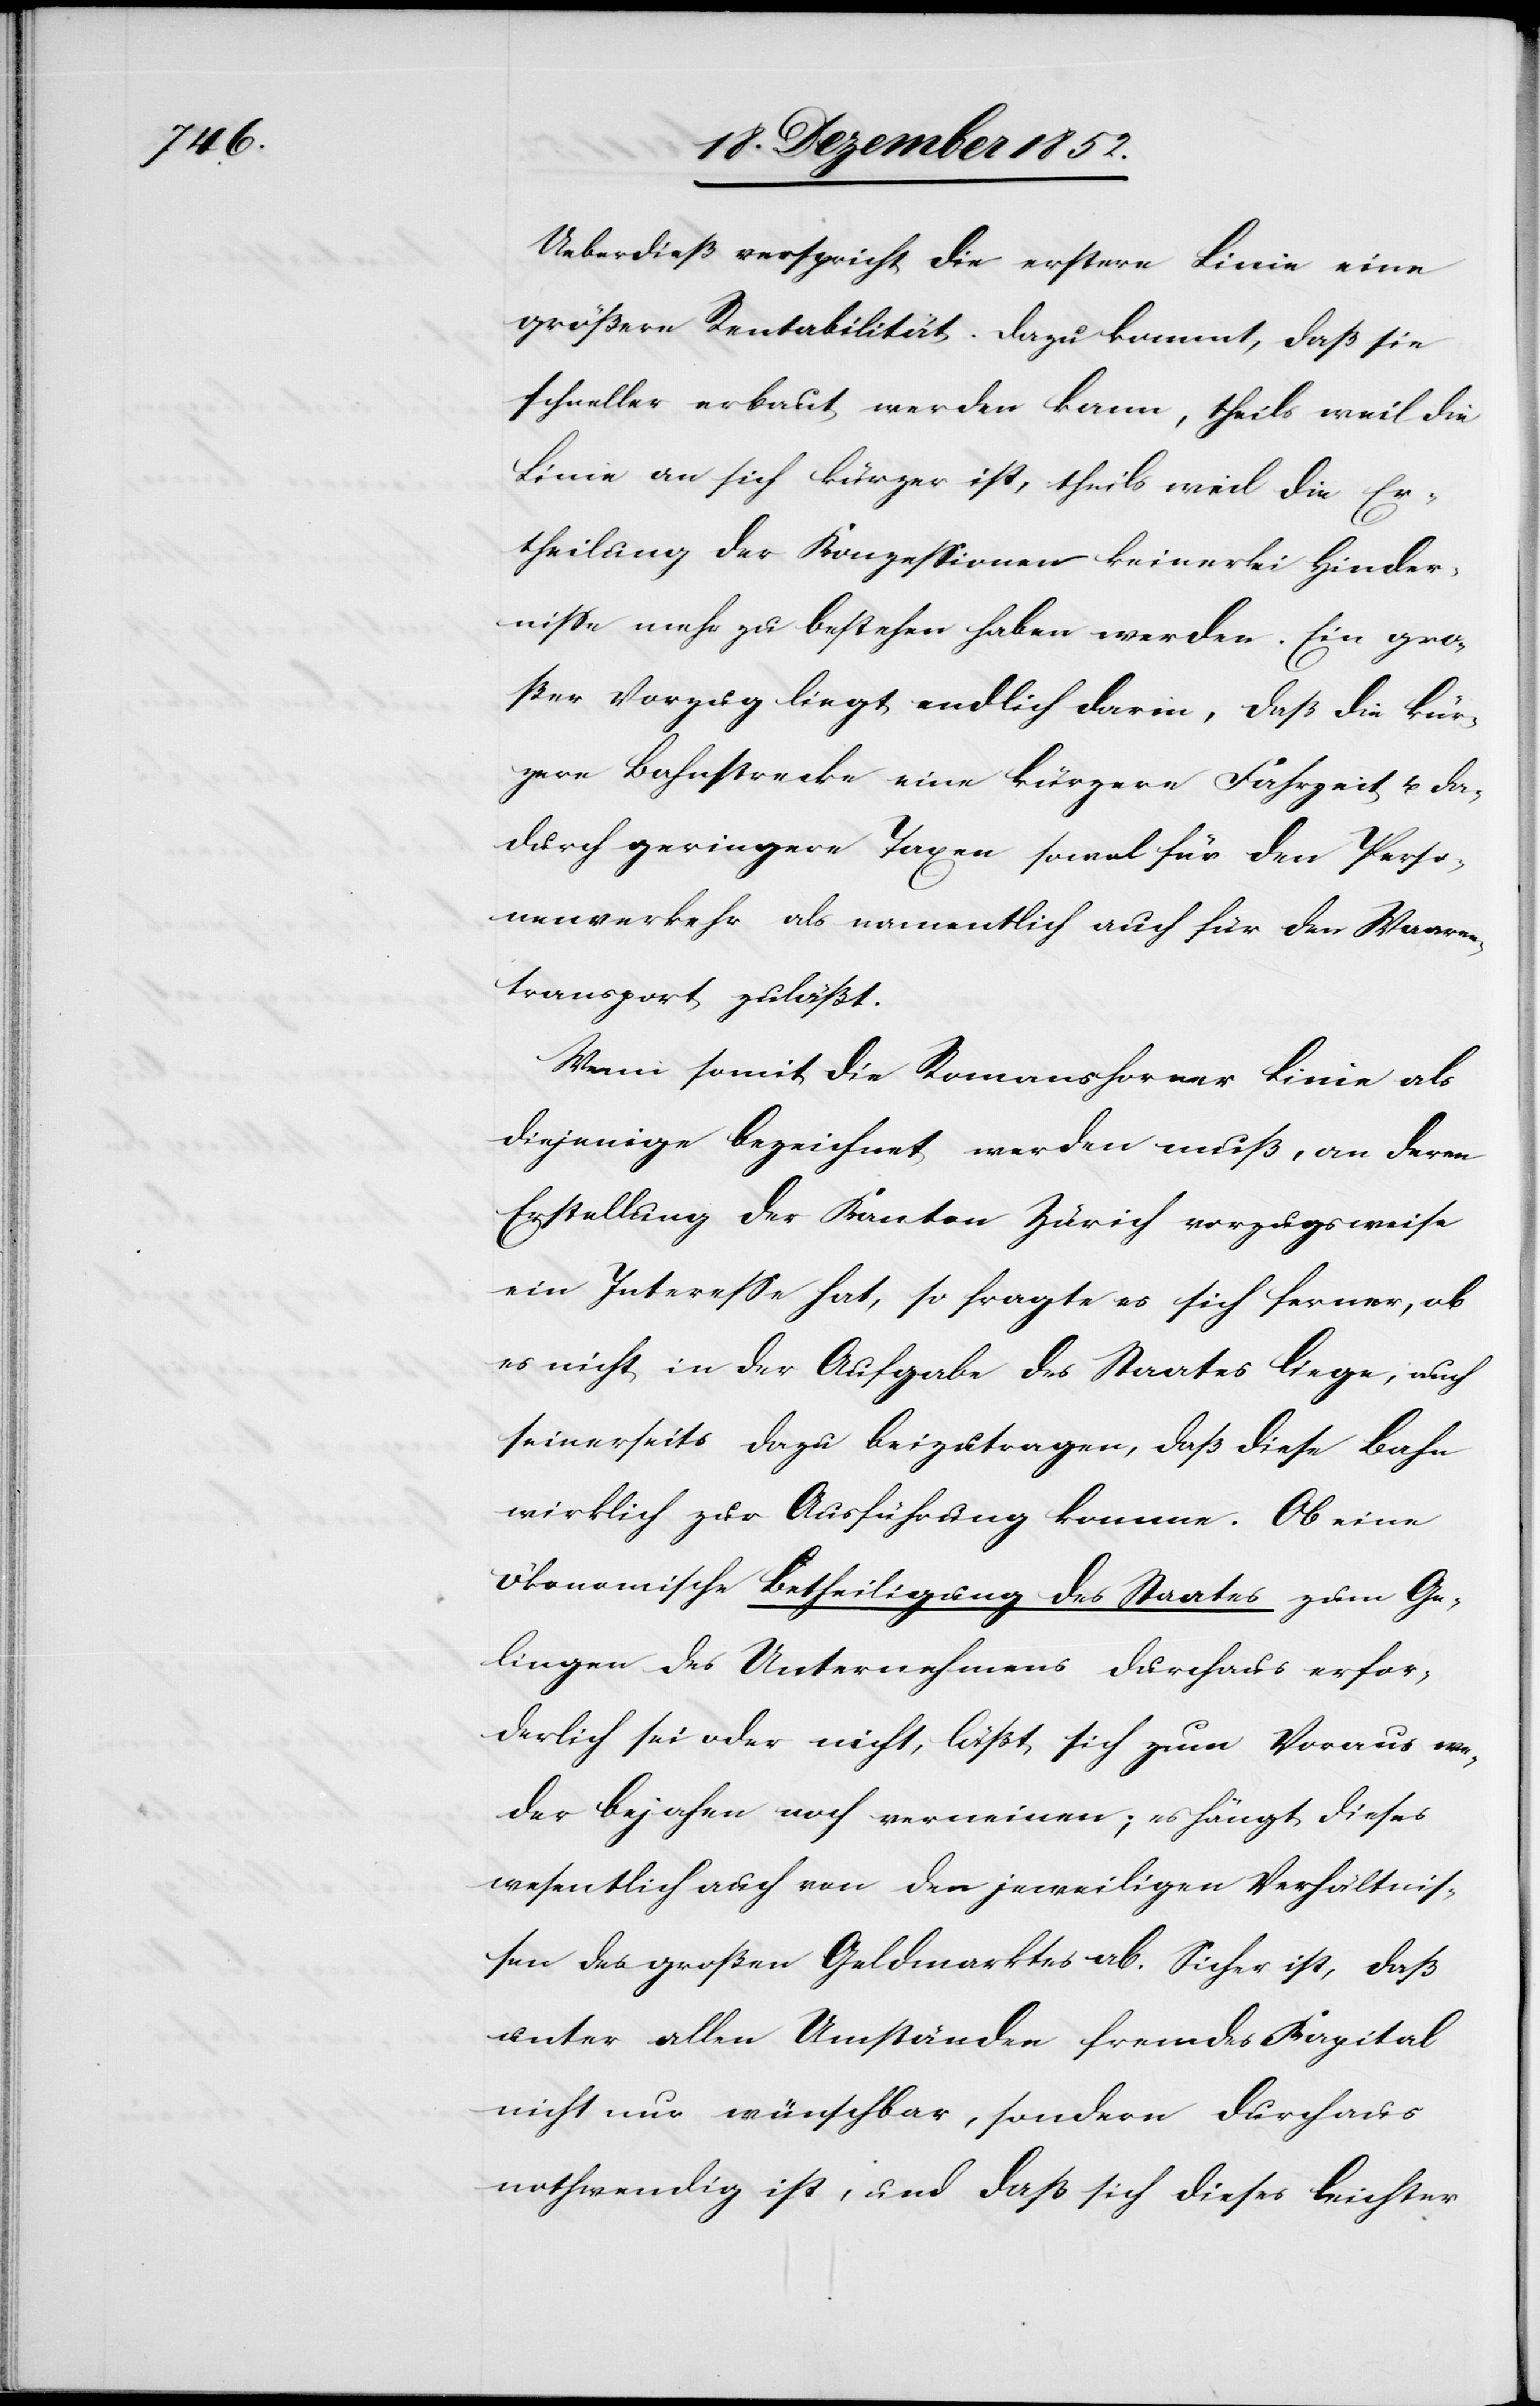
Ueberdieß verspricht die erstere Linie eine
größere Rentabilität. Dazu kommt, daß sie
schneller erbaut werden kann, theils weil die
Linie an sich kürzer ist, theils weil die Er¬
theilung der Konzessionen keinerlei Hinder¬
nisse mehr zu bestehen haben werden. Ein gro¬
ßer Vorzug liegt endlich darin, daß die kür¬
zere Bahnstrecke eine kürzere Fahrzeit u. da¬
durch geringere Taxen sowol für den Perso¬
nenverkehr als namentlich auch für den Waaren¬
transport zuläßt.
Wenn somit die Romanshorner Linie als
diejenige bezeichnet werden muß, an deren
Erstellung der Kanton Zürich vorzugsweise
ein Interesse hat, so fragte es sich ferner, ob
es nicht in der Aufgabe des Staates liege, auch
seinerseits dazu beizutragen, daß diese Bahn
wirklich zur Ausführung komme. Ob eine
ökonomische Betheiligung des Staates zum Ge¬
lingen des Unternehmens durchaus erfor¬
derlich sei oder nicht, läßt sich zum Voraus we¬
der bejahen noch verneinen; es hängt dieses
wesentlich auch von den jeweiligen Verhältnis¬
sen des großen Geldmarktes ab. Sicher ist, daß
unter allen Umständen fremdes Kapital
nicht nur wünschbar, sondern durchaus
nothwendig ist, und daß sich dieses leichter